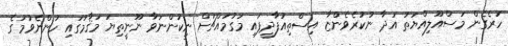
ހުރެގެން މަސްއޫލިއްޔަތު އަދާ ނުކުރެވެންޏާ އިސްތިއުފާދީފައި މަގުމައްޗަށް ނިކުންނަވާ ނޫނީތިޔަ މަޤާމުގައި ހުންނެވުމުގެ